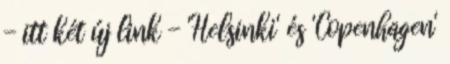
- itt két új link - 'Helsinki' és 'Copenhagen'